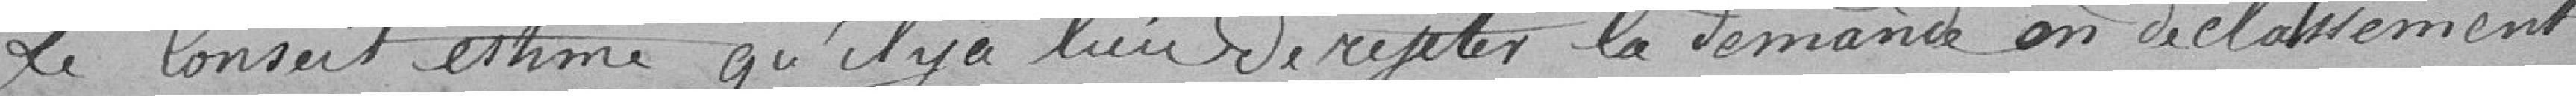
Le Conseil estime qu'il y a lieu de rejeter la demande en déclassement